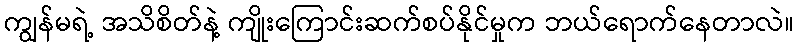
ကျွန်မရဲ့ အသိစိတ်နဲ့ ကျိုးကြောင်းဆက်စပ်နိုင်မှုက ဘယ်ရောက်နေတာလဲ။